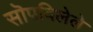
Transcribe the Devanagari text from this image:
सॊपविलेले